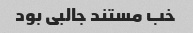
خب مستند جالبی بود